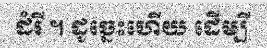
ដំរី ។ ដូច្នេះហើយ ដើម្បី